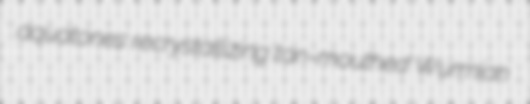
aquatones recrystallizing tan-mouthed Wurmian